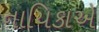
નાયિકાએ